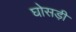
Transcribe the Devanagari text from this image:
घोसड़ी